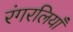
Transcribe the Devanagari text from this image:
रंगरलियाँ